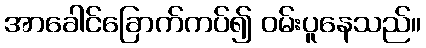
အာခေါင်ခြောက်ကပ်၍ ဝမ်းပူနေသည်။